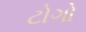
ટોગો